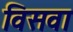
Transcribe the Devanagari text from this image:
विसवा